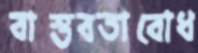
বাস্তবতাবোধ